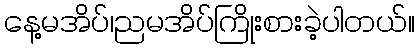
နေ့မအိပ်၊ညမအိပ်ကြိုးစားခဲ့ပါတယ်။